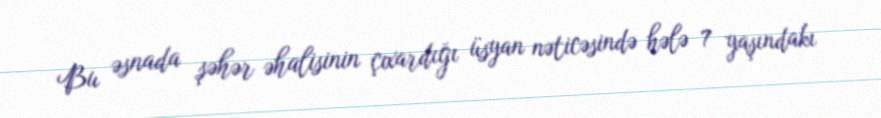
Bu əsnada şəhər əhalisinin çıxardığı üsyan nəticəsində hələ 7 yaşındakı